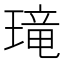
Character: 𱯚